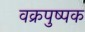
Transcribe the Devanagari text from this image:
वक्रपुष्पक